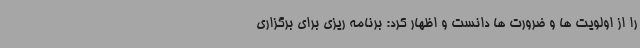
را از اولویت ها و ضرورت ها دانست و اظهار کرد: برنامه ریزی برای برگزاری